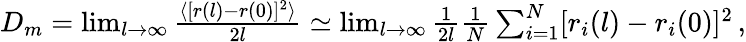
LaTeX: \begin{array}{r}{D_{m}=\operatorname*{lim}_{l\to\infty}\frac{\langle[r(l)-r(0)]^{2}\rangle}{2l}\simeq\operatorname*{lim}_{l\to\infty}\frac{1}{2l}\frac{1}{N}\sum_{i=1}^{N}[r_{i}(l)-r_{i}(0)]^{2}\, ,}\end{array}